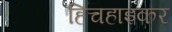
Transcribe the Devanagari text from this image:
हिचहाइकर